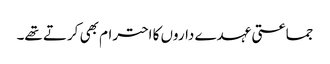
جماعتی عہدے داروں کا احترام بھی کرتے تھے۔